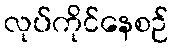
လုပ်ကိုင်နေစဉ်